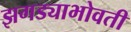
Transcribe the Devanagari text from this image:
झगड्याभोवती